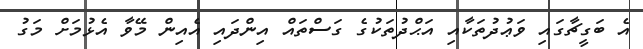
އެ ބަގީޗާގައި ވަޢުދުތަކާއި އަޙްދުތަކުގެ ގަސްތައް އިންދައި އެއިން މޭވާ އެޅުމަށް މަގު